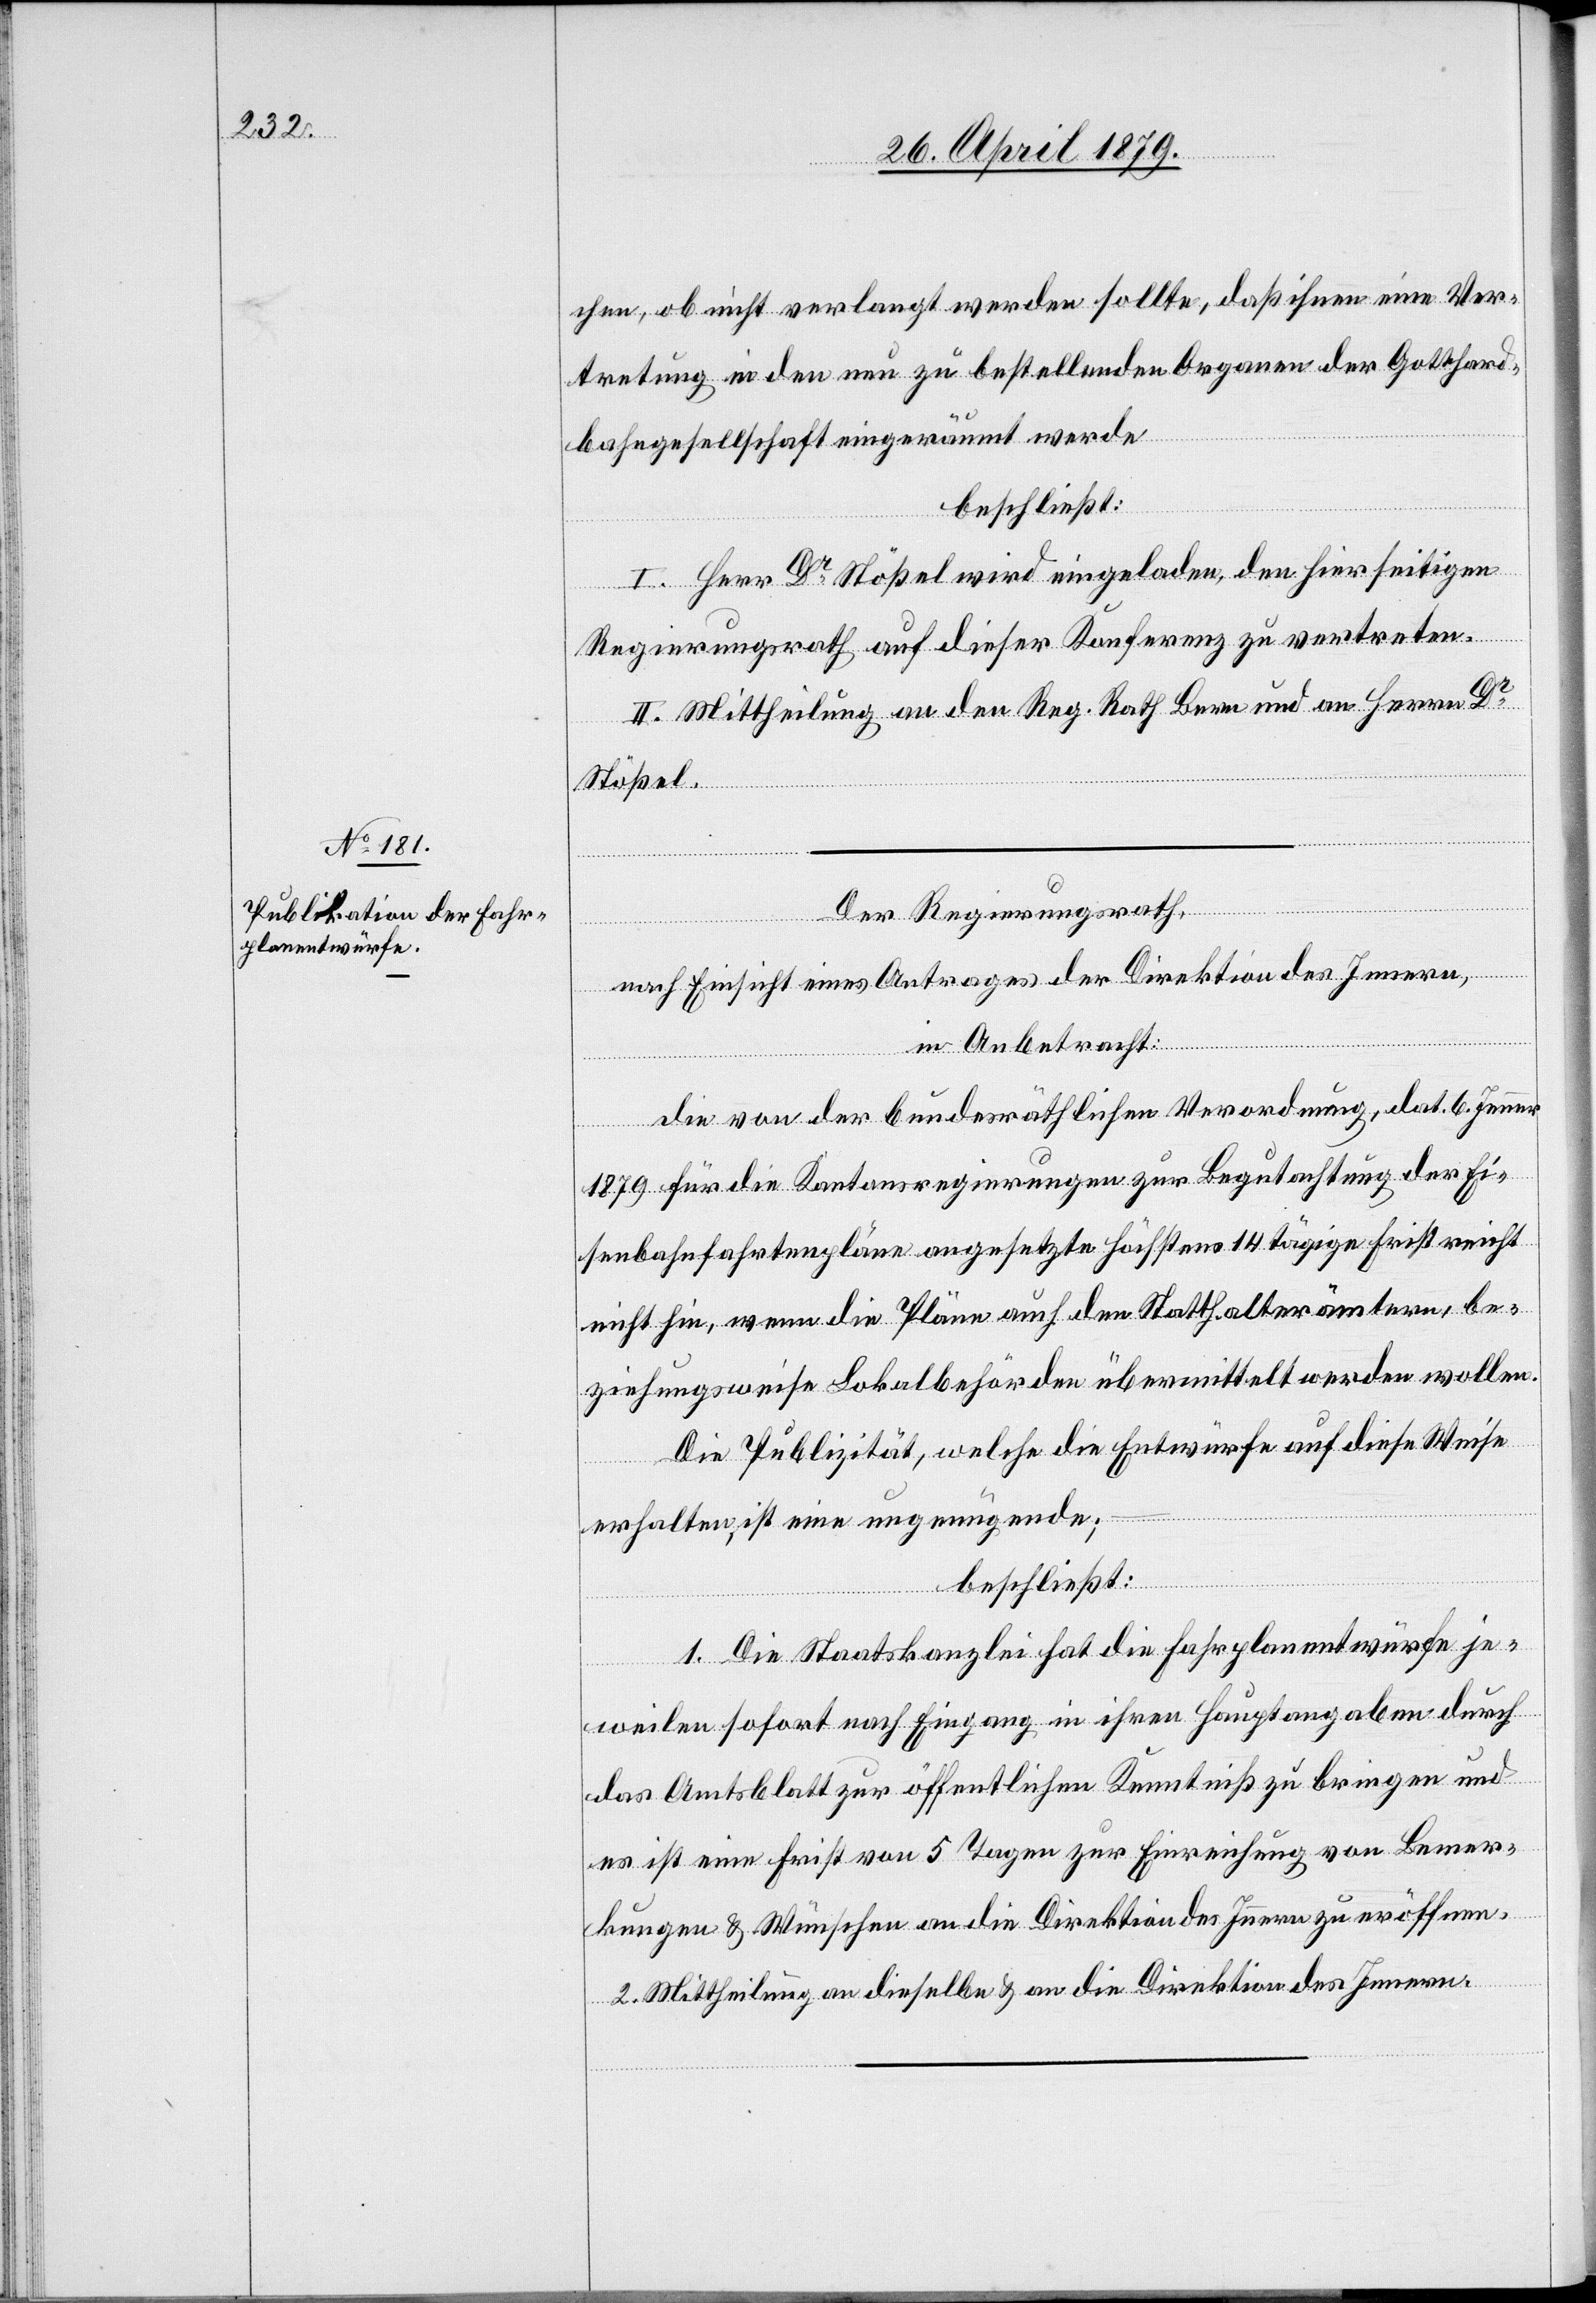
chen, ob nicht verlangt werden sollte, daß ihnen eine Ver¬
tretung in den neu zu bestellenden Organen der Gotthard¬
bahngesellschaft eingeräumt werde
beschließt:
I. Herr Dr Stößel wird eingeladen, den hierseitigen
Regierungsrath auf dieser Konferenz zu vertreten.
II. Mittheilung an den Reg. Rath Bern und an Herrn Dr
Stößel.
Der Regierungsrath,
nach Einsicht eines Antrages der Direktion des Innern,
in Anbetracht:
Die von der bundesräthlichen Verordnung, dat. 6. Jenner
1879 für die Kantonsregierungen zur Begutachtung der Ei¬
senbahnfahrtenpläne angesetzte höchstens 14 tägige Frist reicht
nicht hin, wenn die Pläne auch den Statthalterämtern, be¬
ziehungsweise Lokalbehörden übermittelt werden wollen.
Die Publizität, welche die Entwürfe auf diese Weise
erhalten, ist eine ungenügende;
beschließt:
1. Die Staatskanzlei hat die Fahrplanentwürfe je¬
weilen sofort nach Eingang in ihren Hauptangaben durch
das Amtsblatt zur öffentlichen Kenntniß zu bringen und
es ist eine Frist von 5 Tagen zur Einreichung von Bemer¬
kungen & Wünschen an die Direktion des Innern zu eröffnen.
2. Mittheilung an dieselbe & an die Direktion des Innern.